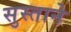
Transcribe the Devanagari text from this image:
सुस्ताने